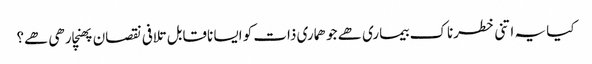
کیا یہ اتنی خطرناک بیماری ھے جو ھماری ذات کو ایسا ناقابل تلافی نقصان پھنچارھی ھے؟